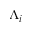
\Lambda _ { i }